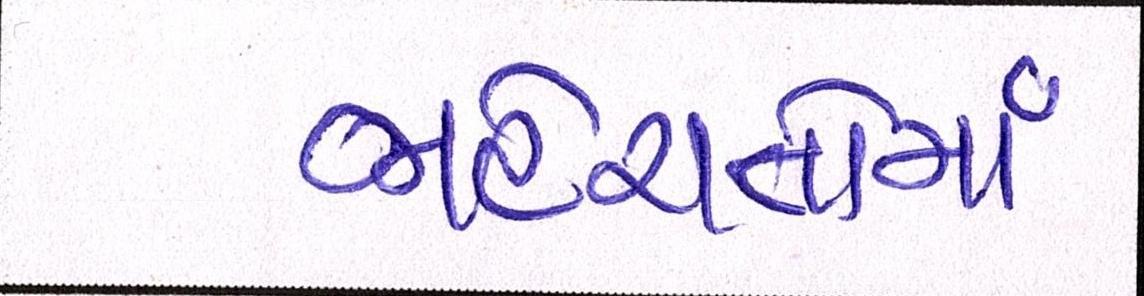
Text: જાહેરાતોનો